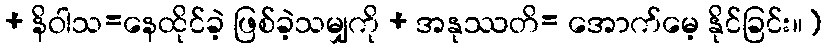
+ နိဝါသ=နေထိုင်ခဲ့ ဖြစ်ခဲ့သမျှကို + အနုဿတိ= အောက်မေ့ နိုင်ခြင်း။)